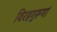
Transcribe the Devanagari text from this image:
विरहगुरुणां